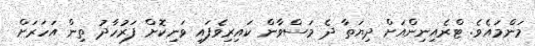
މަންމައެވެ. ޓްރެއިނިންއަށް ދިޔަތާ ދެ މަސްވާން ކައިރިވެފައި ވަނިކޮށް ފަރުހާދު ތިން އަހަރަށް